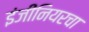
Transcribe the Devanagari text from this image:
इंजींनियरचा